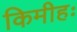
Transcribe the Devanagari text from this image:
किमीहः